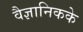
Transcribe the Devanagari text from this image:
वैज्ञानिकके